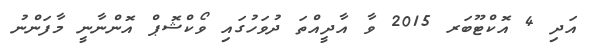
އަދި 4 އޮކްޓޫބަރ 2015 ވާ އާދީއްތަ ދުވަހުގައި ވޯކްޝޮޕް އޮންނާނީ މާފަންނު